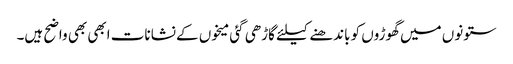
ستونوں میں گھوڑوں کو باندھنے کیلئے گاڑھی گئی میخوں کے نشانات ابھی بھی واضح ہیں۔